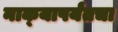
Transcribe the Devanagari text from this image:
नाक्‍यापर्यंतचा